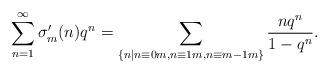
LaTeX: \begin{align*} \sum_{n=1}^\infty \sigma'_m(n)q^n & =\sum_{\{n|n\equiv 0m,n\equiv 1m,n\equiv m-1m\}}\frac{nq^n}{1-q^n}.\end{align*}